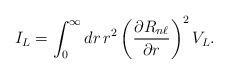
LaTeX: \begin{align*}I_{L} = \int_{0}^{\infty } dr\,r^{2} \left(\frac{\partial R_{n\ell }}{\partial r}\right)^{2} V_{L}.\end{align*}